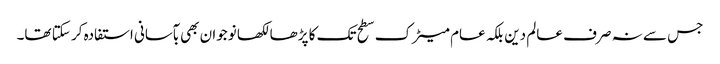
جس سے نہ صرف عالم دین بلکہ عام میٹرک سطح تک کا پڑھا لکھا نوجوان بھی بآسانی استفادہ کر سکتا تھا۔